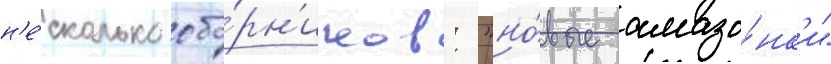
н'е́сколько сбо́рн'иков: "но́вые амазо́нк'и"